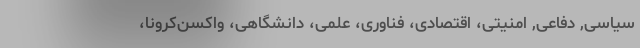
سیاسی, دفاعی, امنیتی، اقتصادی، فناوری، علمی، دانشگاهی، واکسن‌کرونا،